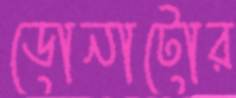
ডোনাটোর